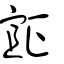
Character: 𣦍